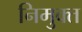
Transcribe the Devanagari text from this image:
निमुक्त